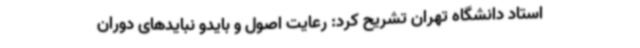
استاد دانشگاه تهران تشریح کرد: رعایت اصول و بایدو نبایدهای دوران